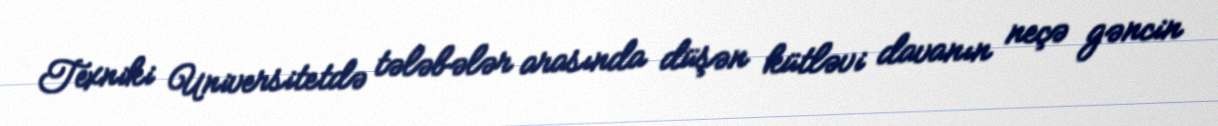
Texniki Universitetdə tələbələr arasında düşən kütləvi davanın neçə gəncin